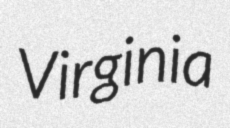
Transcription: Virginia